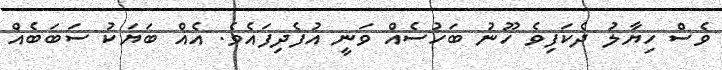
ވެސް ހިޔާލު ދެކަފިވެ ހޫނު ބަހުސެއް ވަނީ އުފެދިފައެވެ. އެއް ބަޔަކު ސަބަބެއް